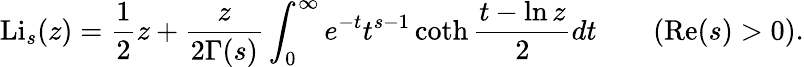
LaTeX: \operatorname{Li}_{s}(z)={\frac{1}{2}}z+{\frac{z}{2\Gamma(s)}}\int_{0}^{\infty}e^{-t}t^{s-1}\coth{\frac{t-\ln z}{2}}dt\qquad(\operatorname{Re}(s)>0).